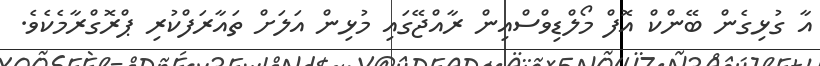
އާ ގުޅިގެން ބޭންކް އޮފް މޯލްޑިވްސްއިން ރާއްޖޭގައި މުޅިން އަލަށް ތައާރަފްކުރި ޕްރޮގްރާމެކެވެ.